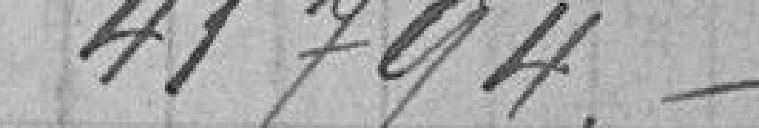
41794, -